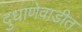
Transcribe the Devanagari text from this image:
दुधाणेवाडीत